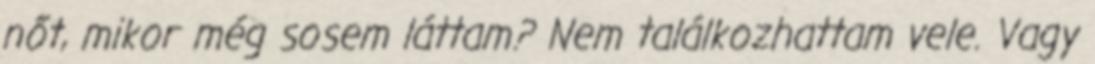
nőt, mikor még sosem láttam? Nem találkozhattam vele. Vagy